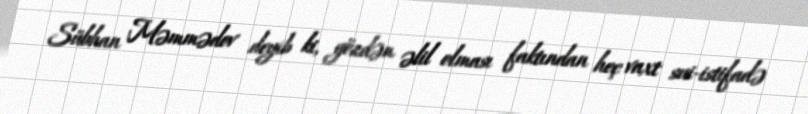
Sübhan Məmmədov deyib ki, gözdən əlil olması faktından heç vaxt sui-istifadə